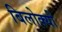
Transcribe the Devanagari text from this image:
बिलोक्यों